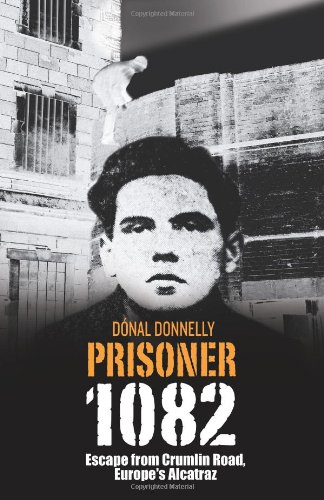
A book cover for Prisoner 1082: Escape From Crumlin Road, Europe's Alcatraz; Donal Donnelly; Biographies & Memoirs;